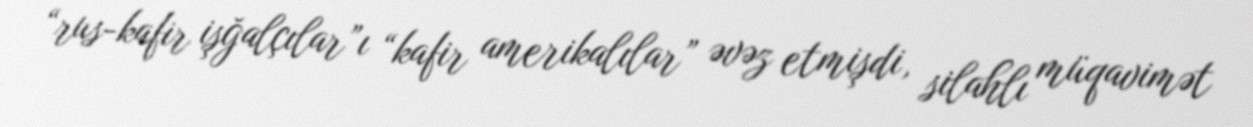
“rus-kafir işğalçılar”ı “kafir amerikalılar” əvəz etmişdi, silahlı müqavimət